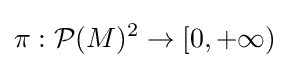
\pi :{\mathcal {P}}(M)^{2}\to [0,+\infty )